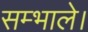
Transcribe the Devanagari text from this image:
सम्भाले।